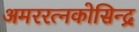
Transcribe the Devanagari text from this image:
अमररत्नकोसिन्द्र